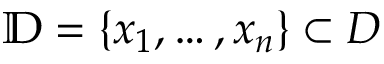
\mathbb { D } = \{ x _ { 1 } , \dots , x _ { n } \} \subset D